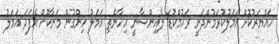
ހައްޔަރުކޮށް އަމަލުކުރަމުންދަނީ ރަހުމްކުޑަ ލާއިންސާނީ އިހާނެތި އަމަލު ހިންގުން މަނާކޮށް އެފަދަ އަމަލު